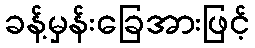
ခန့်မှန်းခြေအားဖြင့်